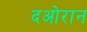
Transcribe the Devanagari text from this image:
दओरान